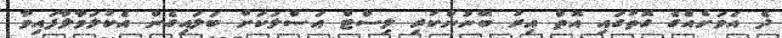
ދެ އަވަށެއްގެ ގޮތުގައި އޮތް އިރު ބޭނުންކުރި ލިސްޓް އަސްލަކަށް ބަލައިގެން އެކުލަވާލާފައިވާ